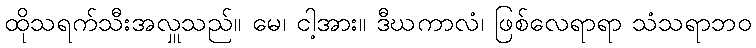
ထိုသရက်သီးအလှူသည်။ မေ၊ ငါ့အား။ ဒီဃကာလံ၊ ဖြစ်လေရာရာ သံသရာဘဝ